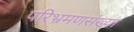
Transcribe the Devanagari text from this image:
परिभ्रमणसंख्या